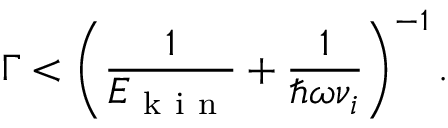
\Gamma < \left( \frac { 1 } { E _ { \mathrm { ~ k ~ i ~ n ~ } } } + \frac { 1 } { \hbar \omega \nu _ { i } } \right) ^ { - 1 } .